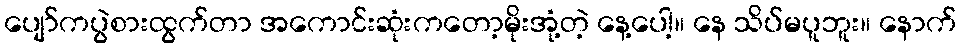
ပျော်ကပွဲစားထွက်တာ အကောင်းဆုံးကတော့မိုးအုံ့တဲ့ နေ့ပေါ့။ နေ သိပ်မပူဘူး။ နောက်